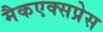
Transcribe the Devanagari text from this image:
मैकएक्सप्रेस